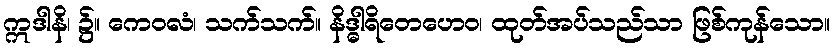
ဣဒါနိ၊ ၌။ ကေဝလံ၊ သက်သက်။ နိဒ္ဓါရိတေဟေဝ၊ ထုတ်အပ်သည်သာ ဖြစ်ကုန်သော။